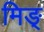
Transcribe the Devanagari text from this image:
मिङ्